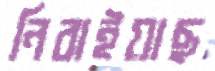
নিবাইয়াছ